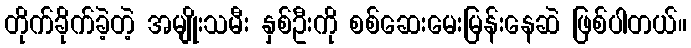
တိုက်ခိုက်ခဲ့တဲ့ အမျိုးသမီး နှစ်ဦးကို စစ်ဆေးမေးမြန်းနေဆဲ ဖြစ်ပါတယ်။